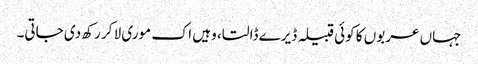
جہاں عربوں کا کوئی قبیلہ ڈیرے ڈالتا، وہیں اک موری لا کر رکھ دی جاتی۔